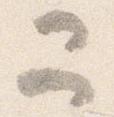
二